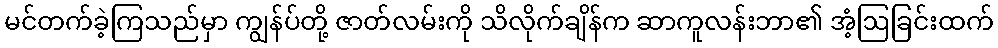
မင်တက်ခဲ့ကြသည်မှာ ကျွန်ပ်တို့ ဇာတ်လမ်းကို သိလိုက်ချိန်က ဆာကူလန်းဘာ၏ အံ့ဩခြင်းထက်